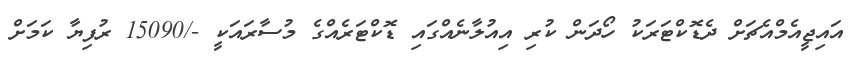
އައިޖީއެމްއެޗަށް ދެޑޮކްޓަރަކު ހޯދަން ކުރި އިއުލާނެއްގައި ޑޮކްޓަރެއްގެ މުސާރައަކީ -/15090 ރުފިޔާ ކަމަށް